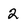
Character: 2